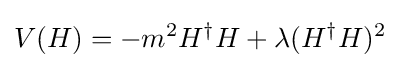
V(H)=-m^{2}H^{\dagger }H+\lambda (H^{\dagger }H)^{2}